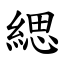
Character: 緦